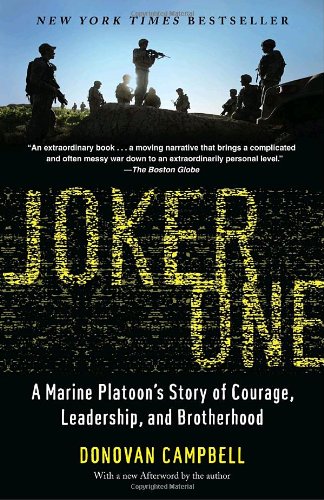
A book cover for Joker One: A Marine Platoon's Story of Courage, Leadership, and Brotherhood; Donovan Campbell; History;